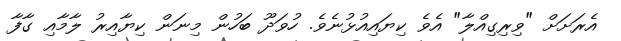
އެރަށަށް "ވިރިގިއްލާ" އެވެ ކިޔައިއުޅުނެވެ. ހުވަދޫ ބަހުން މިނަން ކިޔާއިރު ލާމާއި ގާފާ